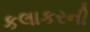
કલાકરની